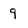
Character: 9